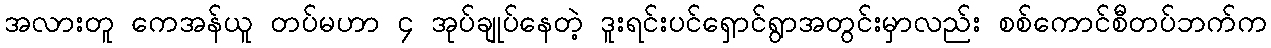
အလားတူ ကေအန်ယူ တပ်မဟာ ၄ အုပ်ချုပ်နေတဲ့ ဒူးရင်းပင်ရှောင်ရွာအတွင်းမှာလည်း စစ်ကောင်စီတပ်ဘက်က